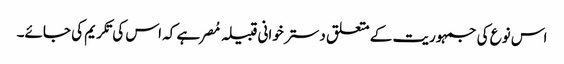
اس نوع کی جمہوریت کے متعلق دستر خوانی قبیلہ مُصر ہے کہ اس کی تکریم کی جائے۔